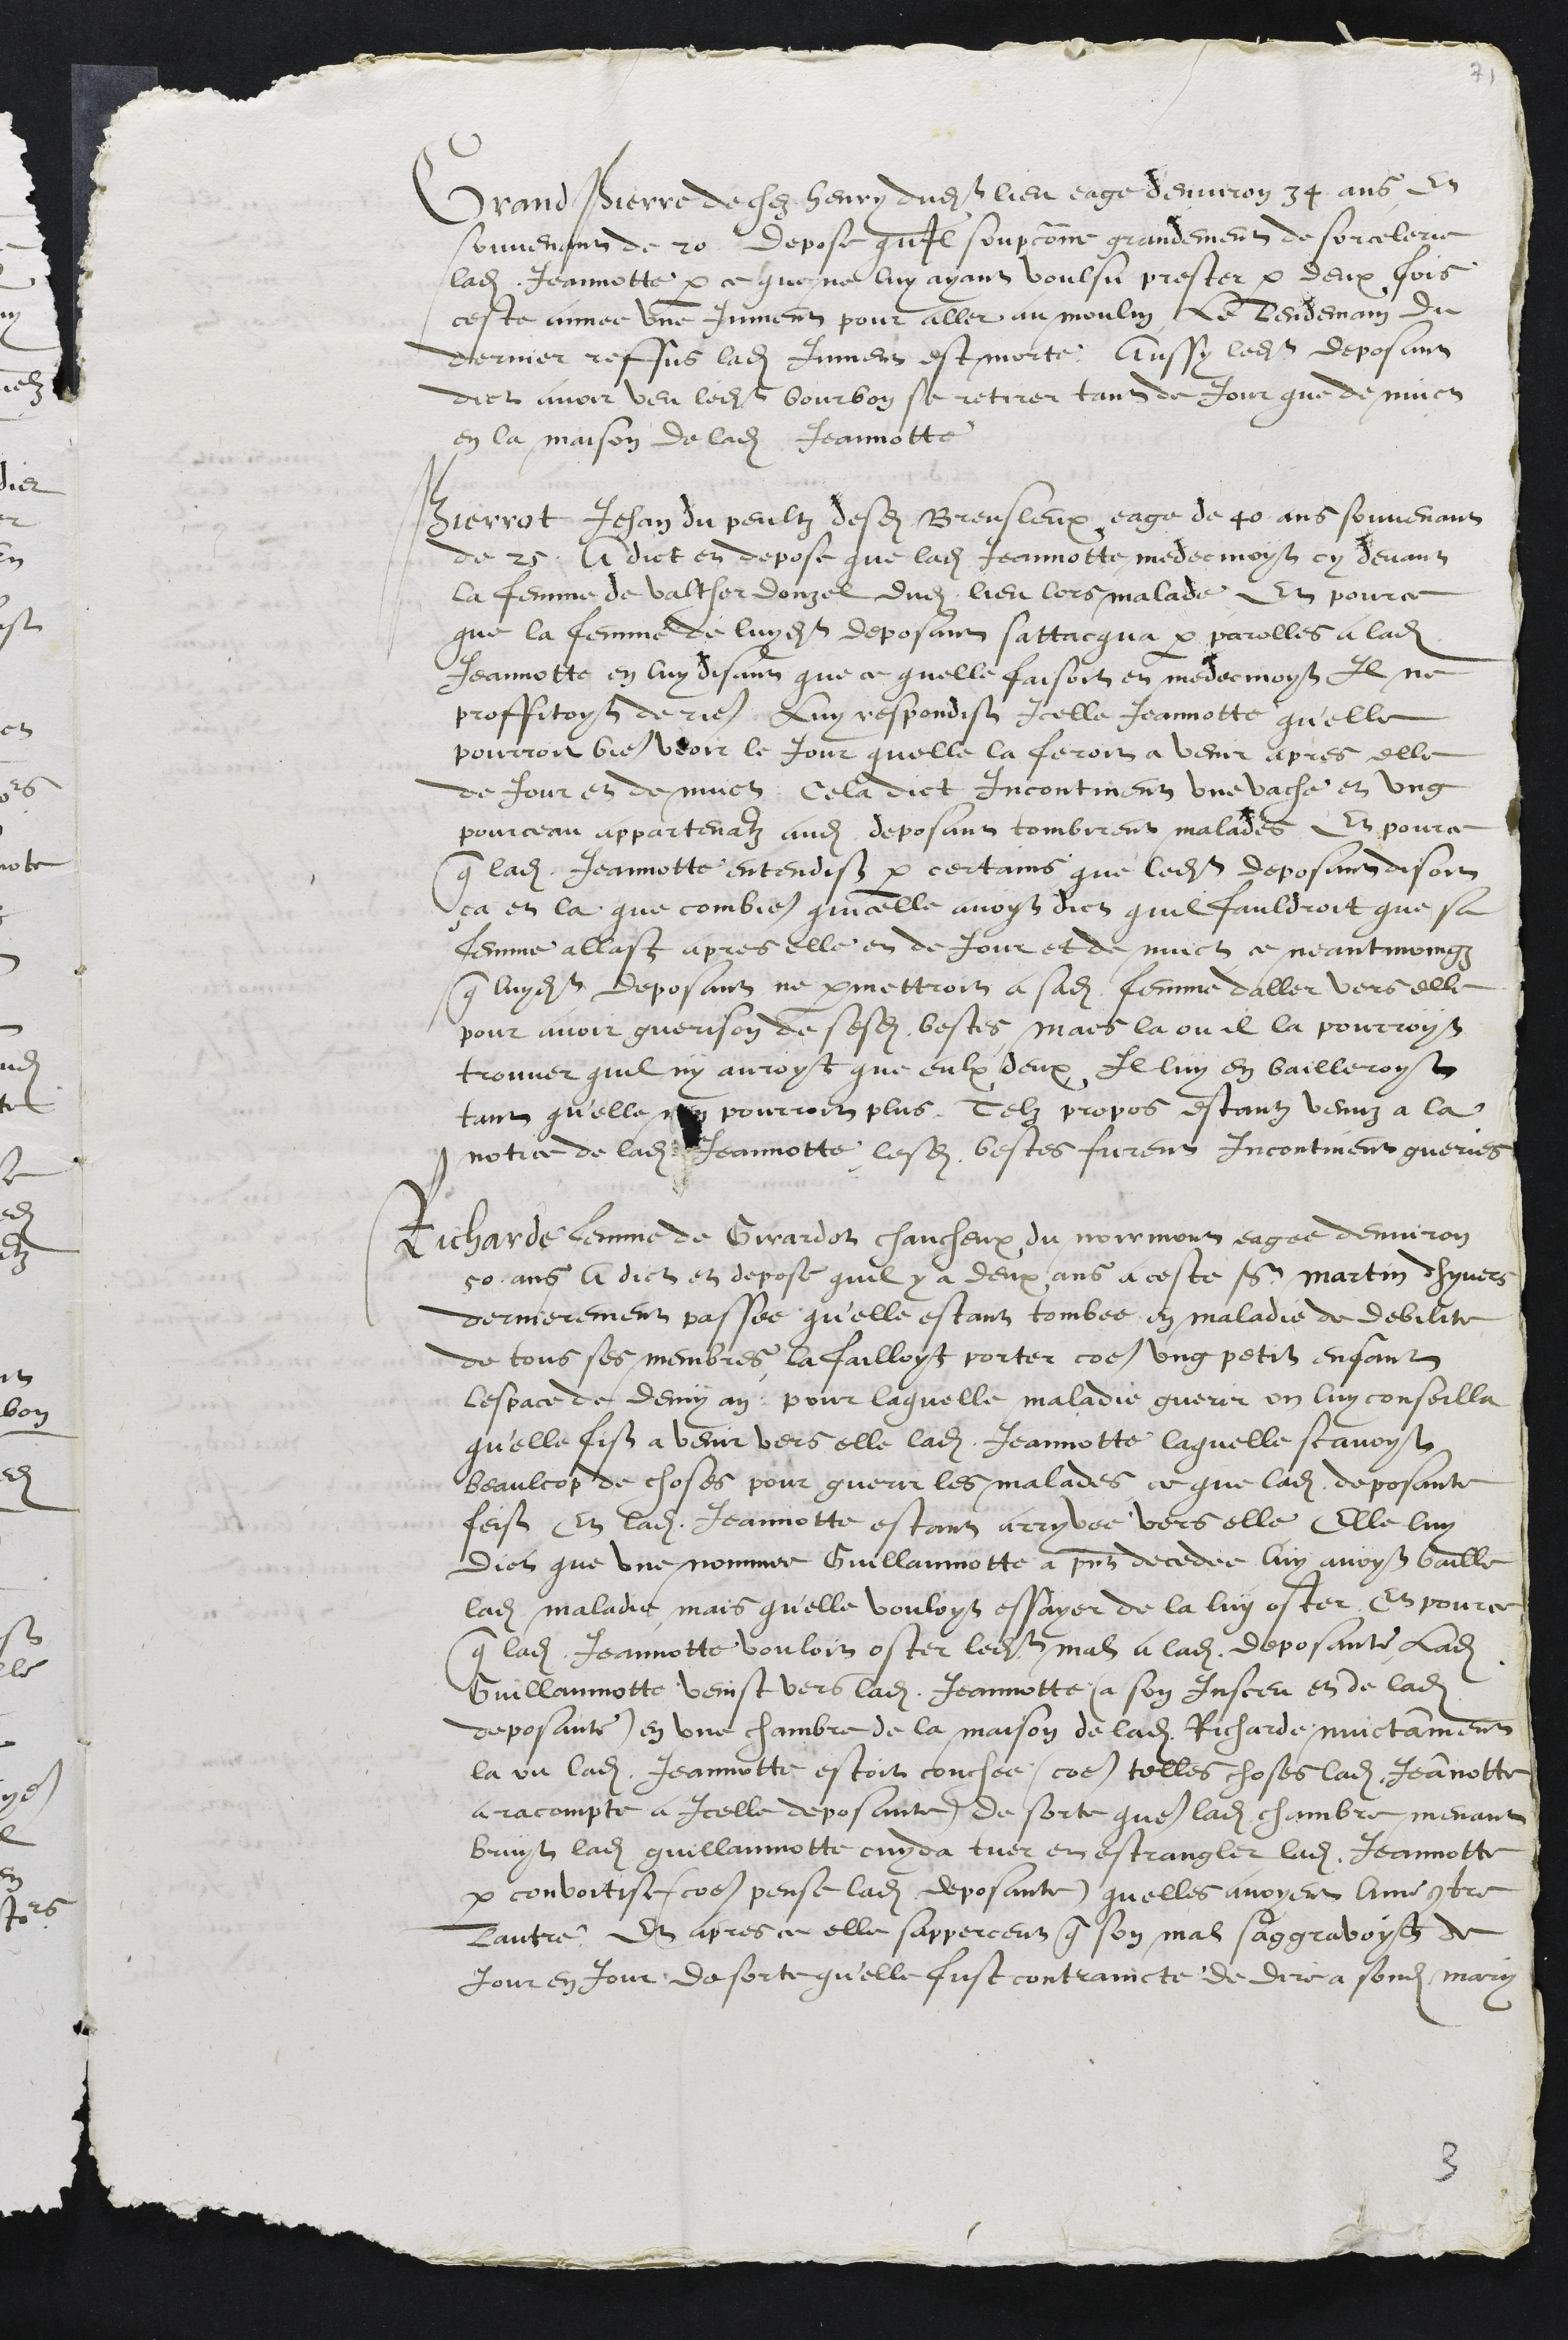
Grand Pierre de chez henry dudit lieu eage denviron 34 ans en
souvenant de 20. Depose quil soupconne grandement de sorcelerie
ladite Jeannotte par ce que ne luy ayant voulsu prester par deux fois
ceste annee une Jument pour aller au moulin le lendemain du
dernier reffus ladite Jument est morte. Aussy ledit deposant
dict avoir veu ledit bourbon se retirer tant de Jour que de nuict
en la maison de ladite Jeannotte
Pierrot Jehan du peulz desdits Breusleux eage de 40 ans souvenant
de 25. A  dict en depose que ladite Jeannotte medecinoyt cy devant
la femme de valther donzel dudit lieu lors malade Et pource
que la femme de luydit deposant sattacqua par parolles a ladite
Jeannotte en luy disant que ce quelle faisoit et medecinoyt Il ne
proffitoy de rien Luy respondist Icelle Jeannotte qu'elle
pourroit bien veoir le Jour quelle la feroit a venir apres elle
de Jour et de nuict. Cela dict Incontinent une vache et ung
pourceau appartenantz audit deposant tombirent malades et pource
que ladite Jeannotte entendist par certains que ledit deposant disoit
ça et la que combien quicelle avoyt dict quil fauldroit que sa
femme allast apres elle et de Jour et de nuict ce neantmoingz
que luydit deposant ne permettroit a sadite femme daller vers elle
pour avoir guerison de sesdites bestes mais la ou il la pourroyt
trouver quil ny auroyt que eulx deux Il luy en bailleroyt
tant quelle nen pourroit plus Telz propos estantz venus a la
notice de ladite Jeannotte lesdites bestes furent Incontinent gueries.
Richarde femme de Girardot chaucheux du Noirmont eage denviron
50 ans A dict et depose quil y a deux ans a ceste saint martin dhyvers
dernierement passee qu'elle estant tombee en maladie de debilite
de tous ses membres la failloyt porter comme ung petit enfant
lespace de demy an pour laquelle maladie guerir on luy conseilla
quelle fist a venir vers elle ladite Jeannotte laquelle scavoyt
beaulcop de choses pour guerir les malades ce que ladite deposante
feist Et ladite Jeannotte estant arryvee vers elle Elle luy
dict que une nommee Guillaumotte a present decedee luy avoyt baille
ladite maladie mais quelle vouloyt essayer de la luy oster Et pour ce
que ladite Jeannotte vouloit oster ledit mal a ladite deposante ladite
Guillaumotte veinst vers ladite Jeannotte (a son Insceu et de ladite
deposante) en une chambre de la maison de ladite Richarde nuictamment
la ou ladite Jeannotte estoit couchee (comme telles choses ladite Jeannotte
a racompte a Icelle deposante) de sorte que ladite chambre menant
bruyt ladite guillaumotte cuyda tuer et estrangler ladite Jeannotte
par convoitise (comme pense ladite deposante) quelles avoyent lune contre
lautre, Et apres ce elle sapperceut que son mal saggravoyct de
Jour en jour de sorte qu'elle fust contraincte de dire a sondit mary